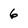
Character: 6